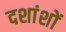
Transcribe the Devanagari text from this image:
दशांशों